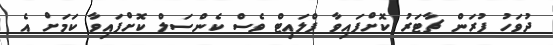
ދުވަހު ފުރަން ޗާޓަރު ކޮށްފައިވާ ފްލައިޓް ވެސް ކެންސަލް ކޮށްފައިވާ ކަމަށް އެ